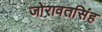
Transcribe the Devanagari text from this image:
जोरावतसिंह